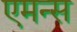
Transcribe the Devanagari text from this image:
एमन्स